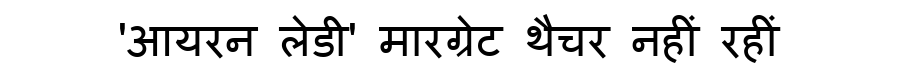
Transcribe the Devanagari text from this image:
'आयरन लेडी' मारग्रेट थैचर नहीं रहीं